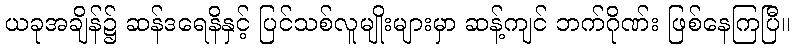
ယခုအချိန်၌ ဆန်ဒရေနိနှင့် ပြင်သစ်လူမျိုးများမှာ ဆန့်ကျင် ဘက်ဂိုဏ်း ဖြစ်နေကြပြီ။